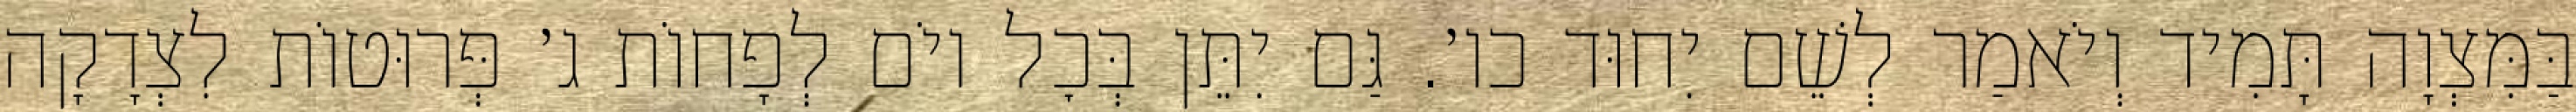
בַּמִּצְוָה תָּמִיד וְיֹאמַר לְשֵׁם יִחוּד כו׳. גַּם יִתֵּן בְּכׇל יוֹם לְפָחוֹת ג׳ פְּרוּטוֹת לִצְדָקָה